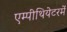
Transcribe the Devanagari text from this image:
एम्पीथियेटरमें